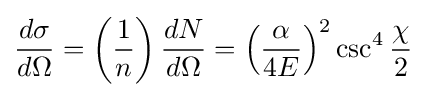
{\frac {d\sigma }{d\Omega }}=\left({\frac {1}{n}}\right){\frac {dN}{d\Omega }}=\left({\frac {\alpha }{4E}}\right)^{2}\csc ^{4}{\frac {\chi }{2}}